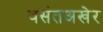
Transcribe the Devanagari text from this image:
वसंतअखेर